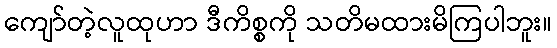
ကျော်တဲ့လူထုဟာ ဒီကိစ္စကို သတိမထားမိကြပါဘူး။